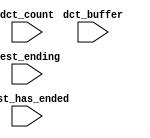
module cpu_0_oci_test_bench (
                              // inputs:
                               dct_buffer,
                               dct_count,
                               test_ending,
                               test_has_ended
                            )
;

  input   [ 29: 0] dct_buffer;
  input   [  3: 0] dct_count;
  input            test_ending;
  input            test_has_ended;


endmodule